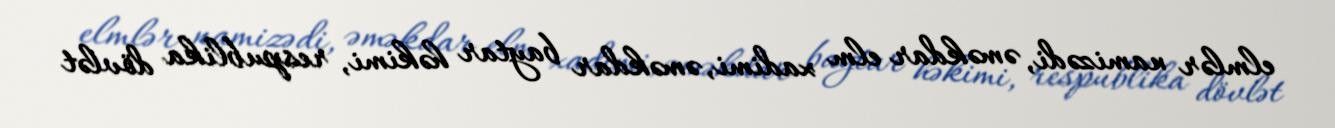
elmlər namizədi, əməkdar elm xadimi, əməkdar baytar həkimi, respublika dövlət